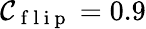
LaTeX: \mathcal{C}_{\mathrm{{~f~l~i~p~}}}=0.9